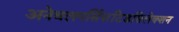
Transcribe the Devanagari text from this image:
अनेबलपर्सिसटिडसिलेक्शन